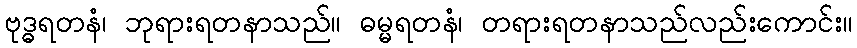
ဗုဒ္ဓရတနံ၊ ဘုရားရတနာသည်။ ဓမ္မရတနံ၊ တရားရတနာသည်လည်းကောင်း။